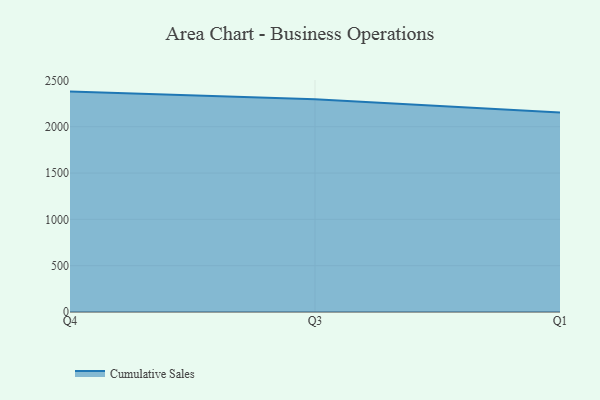
{"axis": {"x": "Quarter", "y": "Website Visitors"}, "legend": ["Cumulative Sales"], "data": [{"x": "Q4", "y": 2379.1, "type": "Cumulative Sales"}, {"x": "Q3", "y": 2295.9, "type": "Cumulative Sales"}, {"x": "Q1", "y": 2154.4, "type": "Cumulative Sales"}]}